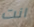
انت